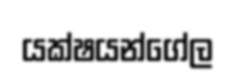
යක්ෂයන්ගේල